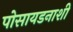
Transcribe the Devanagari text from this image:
पोसायडनाशी